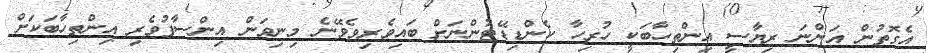
އެގޮތުން އަންނަ ރިޔާސީ އިންތިހާބަކީ ހުރިހާ ކެންޑިޑޭޓުންނަށް ބައިވެރިވެވޭނެ މިނިވަން އިންސާފުވެރި އިންތިހާބަކަށް